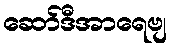
ဆော်ဒီအာရေဗျ